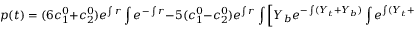
p ( t ) = ( 6 c _ { 1 } ^ { 0 } + c _ { 2 } ^ { 0 } ) e ^ { \int r } \int e ^ { - \int r } - 5 ( c _ { 1 } ^ { 0 } - c _ { 2 } ^ { 0 } ) e ^ { \int r } \int \left[ Y _ { b } e ^ { - \int ( Y _ { t } + Y _ { b } ) } \int e ^ { \int ( Y _ { t } + Y _ { b } - r ) } \right] \ .